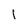
Character: l